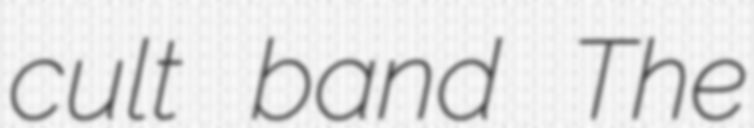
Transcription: cult band The